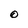
Character: O